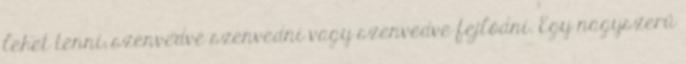
lehet tenni; szenvedve szenvedni vagy szenvedve fejlődni. Egy nagyszerű